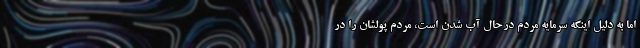
اما به دلیل اینکه سرمایه مردم درحال آب شدن است، مردم پولشان را در